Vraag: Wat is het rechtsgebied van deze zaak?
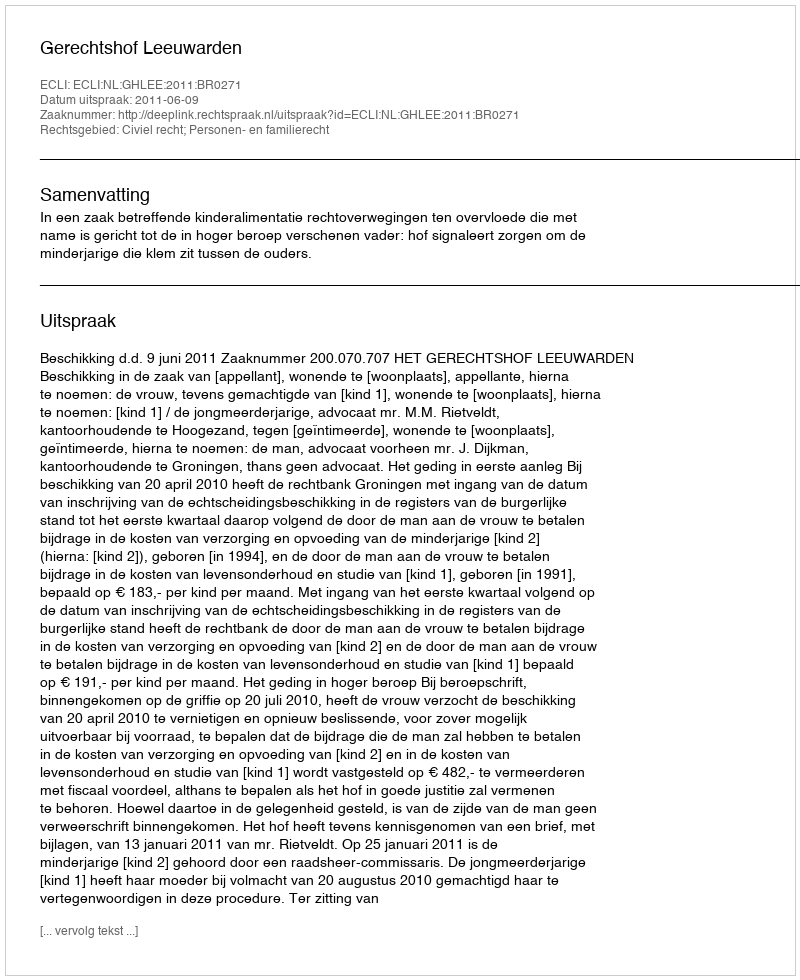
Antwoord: Civiel recht; Personen- en familierecht